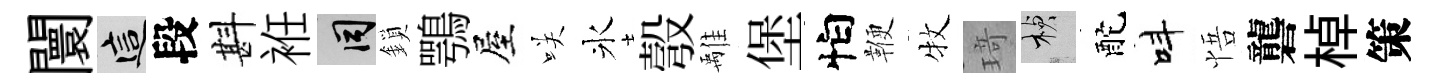
闤這段斟袵间鎖鶚屋咲氷彀𩀌堡怕鞭牧𤦺楨酡呌悟礱棹策